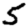
Digit: 5